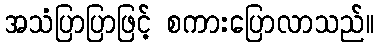
အသံပြာပြာဖြင့် စကားပြောလာသည်။